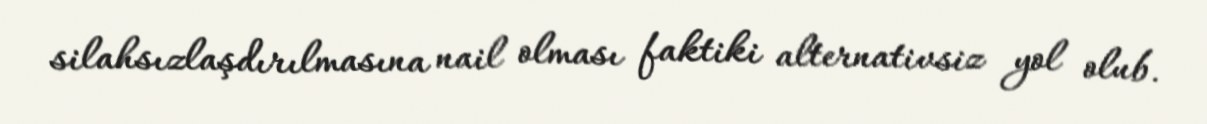
silahsızlaşdırılmasına nail olması faktiki alternativsiz yol olub.